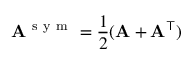
{ \bf A } ^ { \mathrm { ~ s ~ y ~ m ~ } } = \frac { 1 } { 2 } ( { \bf A } + { \bf A } ^ { \top } )